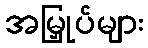
အမြှုပ်များ